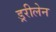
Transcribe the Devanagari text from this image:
ड्ररीलेन